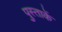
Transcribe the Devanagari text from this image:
पुस्ताकें